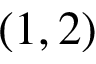
( 1 , 2 )